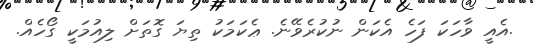
.އެއީ ވާހަކަ ފަހެ އެކަން ނުކުރެވޭނެ. ޢެކަމަކު ތިޔަ ގޮތަށް ލިއުމަކީ ގޯހެއް.